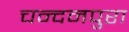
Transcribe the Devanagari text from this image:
चन्दनपुरा